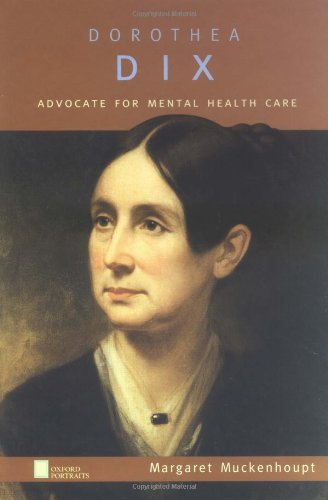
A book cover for Dorothea Dix: Advocate for Mental Health Care (Oxford Portraits); Meg Muckenhoupt; Teen & Young Adult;